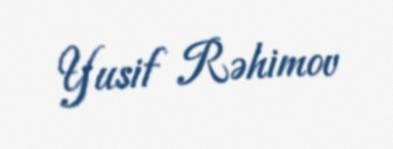
Yusif Rəhimov